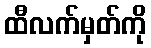
ထီလက်မှတ်ကို